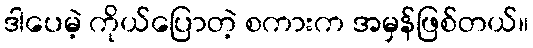
ဒါပေမဲ့ ကိုယ်ပြောတဲ့ စကားက အမှန်ဖြစ်တယ်။